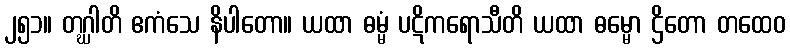
၂၅၁။ တဂ္ဃါတိ ဧကံသေ နိပါတော။ ယထာ ဓမ္မံ ပဋိကရောသီတိ ယထာ ဓမ္မော ဌိတော တထေဝ